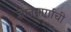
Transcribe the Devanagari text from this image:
ज्ञानमार्गाची